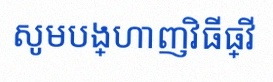
សូមបង្ហាញវិធីធ្វើ